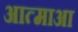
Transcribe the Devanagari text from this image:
आत्माआ